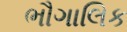
ભૌગાલિક